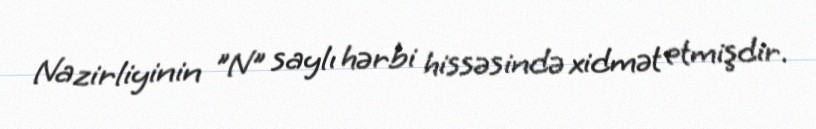
Nazirliyinin "N" saylı hərbi hissəsində xidmət etmişdir.